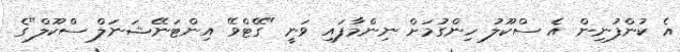
އެ ކުންފުނިން އެ ސްކޫލު ހިންގުމަށް ނިންމާފައި ވަނީ "ގޭޓްވޭ އިންޓަނޭޝަނަލް ސްކޫލް"ގެ